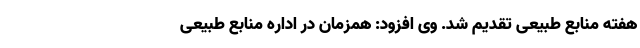
هفته منابع طبیعی تقدیم شد. وی افزود: همزمان در اداره منابع طبیعی